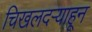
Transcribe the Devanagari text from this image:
चिखलदर्‍याहून